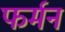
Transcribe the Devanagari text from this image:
फर्मन